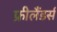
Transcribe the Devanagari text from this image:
फ्रीलैंडर्स